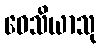
ဝေသိယာသု